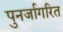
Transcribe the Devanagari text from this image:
पुनर्जागरित